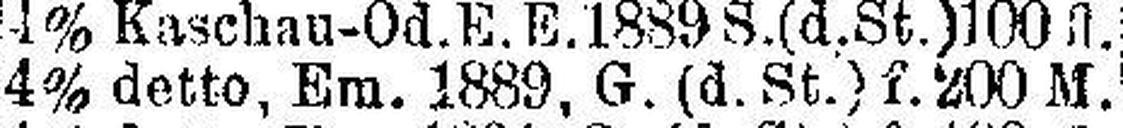
4% detto, Em. 1889, G. (d. St.) f. 200 M.